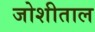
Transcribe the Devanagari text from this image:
जोशीताल